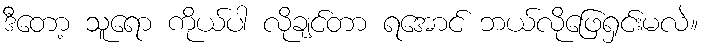
ဒီတော့ သူရော ကိုယ်ပါ လိုချင်တာ ရအောင် ဘယ်လိုဖြေရှင်းမလဲ။